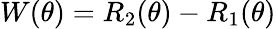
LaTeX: W(\theta)=R_{2}(\theta)-R_{1}(\theta)